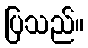
ပြသည်။